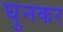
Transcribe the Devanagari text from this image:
घुनकर